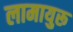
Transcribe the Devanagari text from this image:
लामायुरू